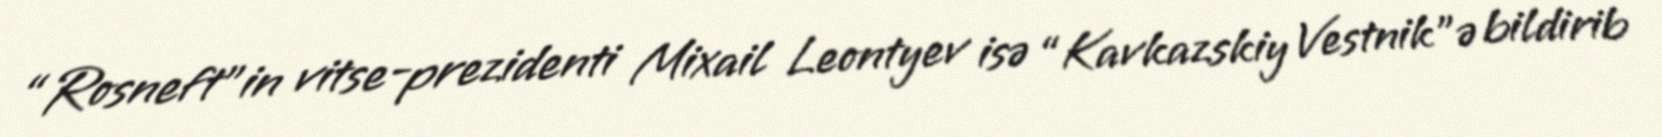
“Rosneft”in vitse-prezidenti Mixail Leontyev isə “Kavkazskiy Vestnik”ə bildirib